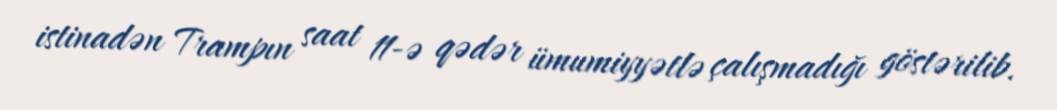
istinadən Trampın saat 11-ə qədər ümumiyyətlə çalışmadığı göstərilib.